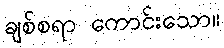
ချစ်စရာ ကောင်းသော။